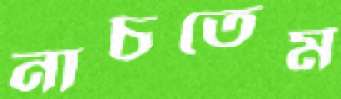
নাচতেম